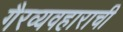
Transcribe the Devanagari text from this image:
गैरव्यवहाराची